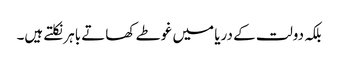
بلکہ دولت کے دریا میں غوطے کھاتے باہر نکلتے ہیں۔